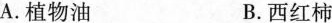
A.植物油 B.西红柿